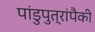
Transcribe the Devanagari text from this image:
पांडुपुत्रांपैकी